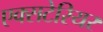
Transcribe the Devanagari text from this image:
एक्सटेरियर